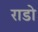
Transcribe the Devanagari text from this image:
राडो